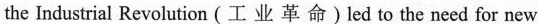
the Industrial Revolution (工 业革 命) led to the need for new